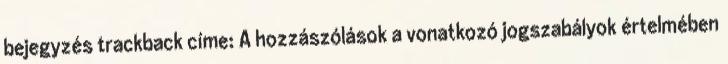
bejegyzés trackback címe: A hozzászólások a vonatkozó jogszabályok értelmében